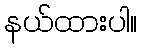
နယ်ထားပါ။